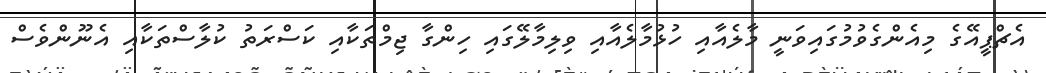
އެޗްޕީއޭގެ މިއެންގެވުމުގައިވަނީ މާލެއާއި ހުޅުމާލެއާއި ވިލިމާލޭގައި ހިންގާ ޖިމްތަކާއި ކަސްރަތު ކުލާސްތަކާއި އެނޫންވެސް